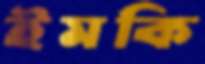
ইমকি